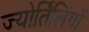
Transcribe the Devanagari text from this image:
ज्‍योर्तिलिंगों